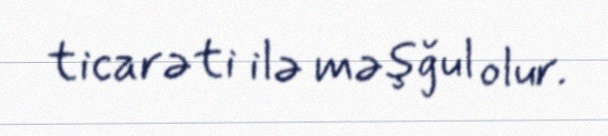
ticarəti ilə məşğul olur.